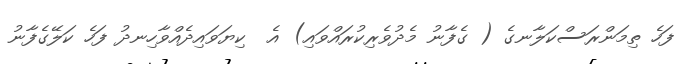
ފަހެ ތިމަންރަސްކަލާނގެ ( ގެފާނު މެދުވެރިކުރައްވައި) އެ  ކިޔަވައިދެއްވާހިނދު ފަހެ ކަލޭގެފާނު